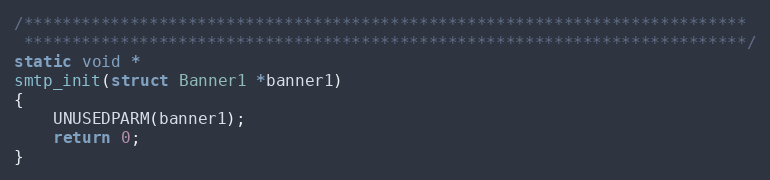
Language: C
/***************************************************************************
 ***************************************************************************/
static void *
smtp_init(struct Banner1 *banner1)
{
    UNUSEDPARM(banner1);
    return 0;
}